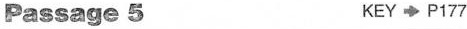
Passage 5 KEY \rightarrow P177